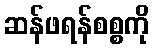
ဆန်ဖရန်စစ္စကို